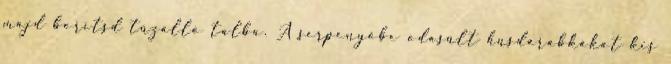
majd borítsd tűzálló tálba. A serpenyőbe odasült húsdarabkákat kis